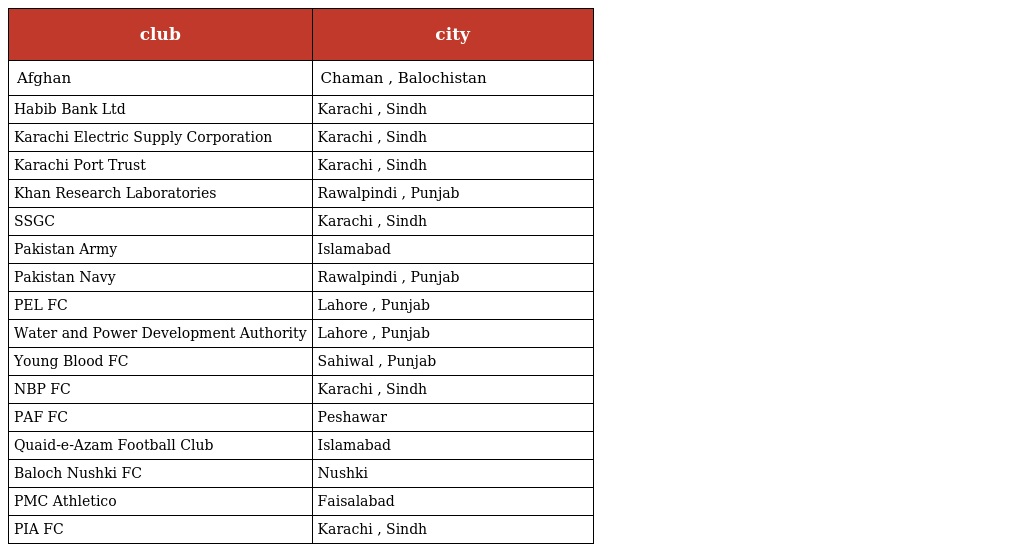
| club | city |
 | --- | --- |
 | Afghan | Chaman , Balochistan |
 | Habib Bank Ltd | Karachi , Sindh |
 | Karachi Electric Supply Corporation | Karachi , Sindh |
 | Karachi Port Trust | Karachi , Sindh |
 | Khan Research Laboratories | Rawalpindi , Punjab |
 | SSGC | Karachi , Sindh |
 | Pakistan Army | Islamabad |
 | Pakistan Navy | Rawalpindi , Punjab |
 | PEL FC | Lahore , Punjab |
 | Water and Power Development Authority | Lahore , Punjab |
 | Young Blood FC | Sahiwal , Punjab |
 | NBP FC | Karachi , Sindh |
 | PAF FC | Peshawar |
 | Quaid-e-Azam Football Club | Islamabad |
 | Baloch Nushki FC | Nushki |
 | PMC Athletico | Faisalabad |
 | PIA FC | Karachi , Sindh |